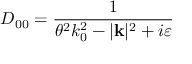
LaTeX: D _ { 0 0 } = \frac { 1 } { \theta ^ { 2 } k _ { 0 } ^ { 2 } - | \mathbf { k } | ^ { 2 } + i \varepsilon }